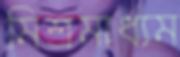
মিশ্রমাধ্যম